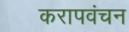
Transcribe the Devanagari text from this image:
करापवंचन